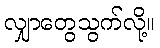
လျှာတွေသွက်လို့။